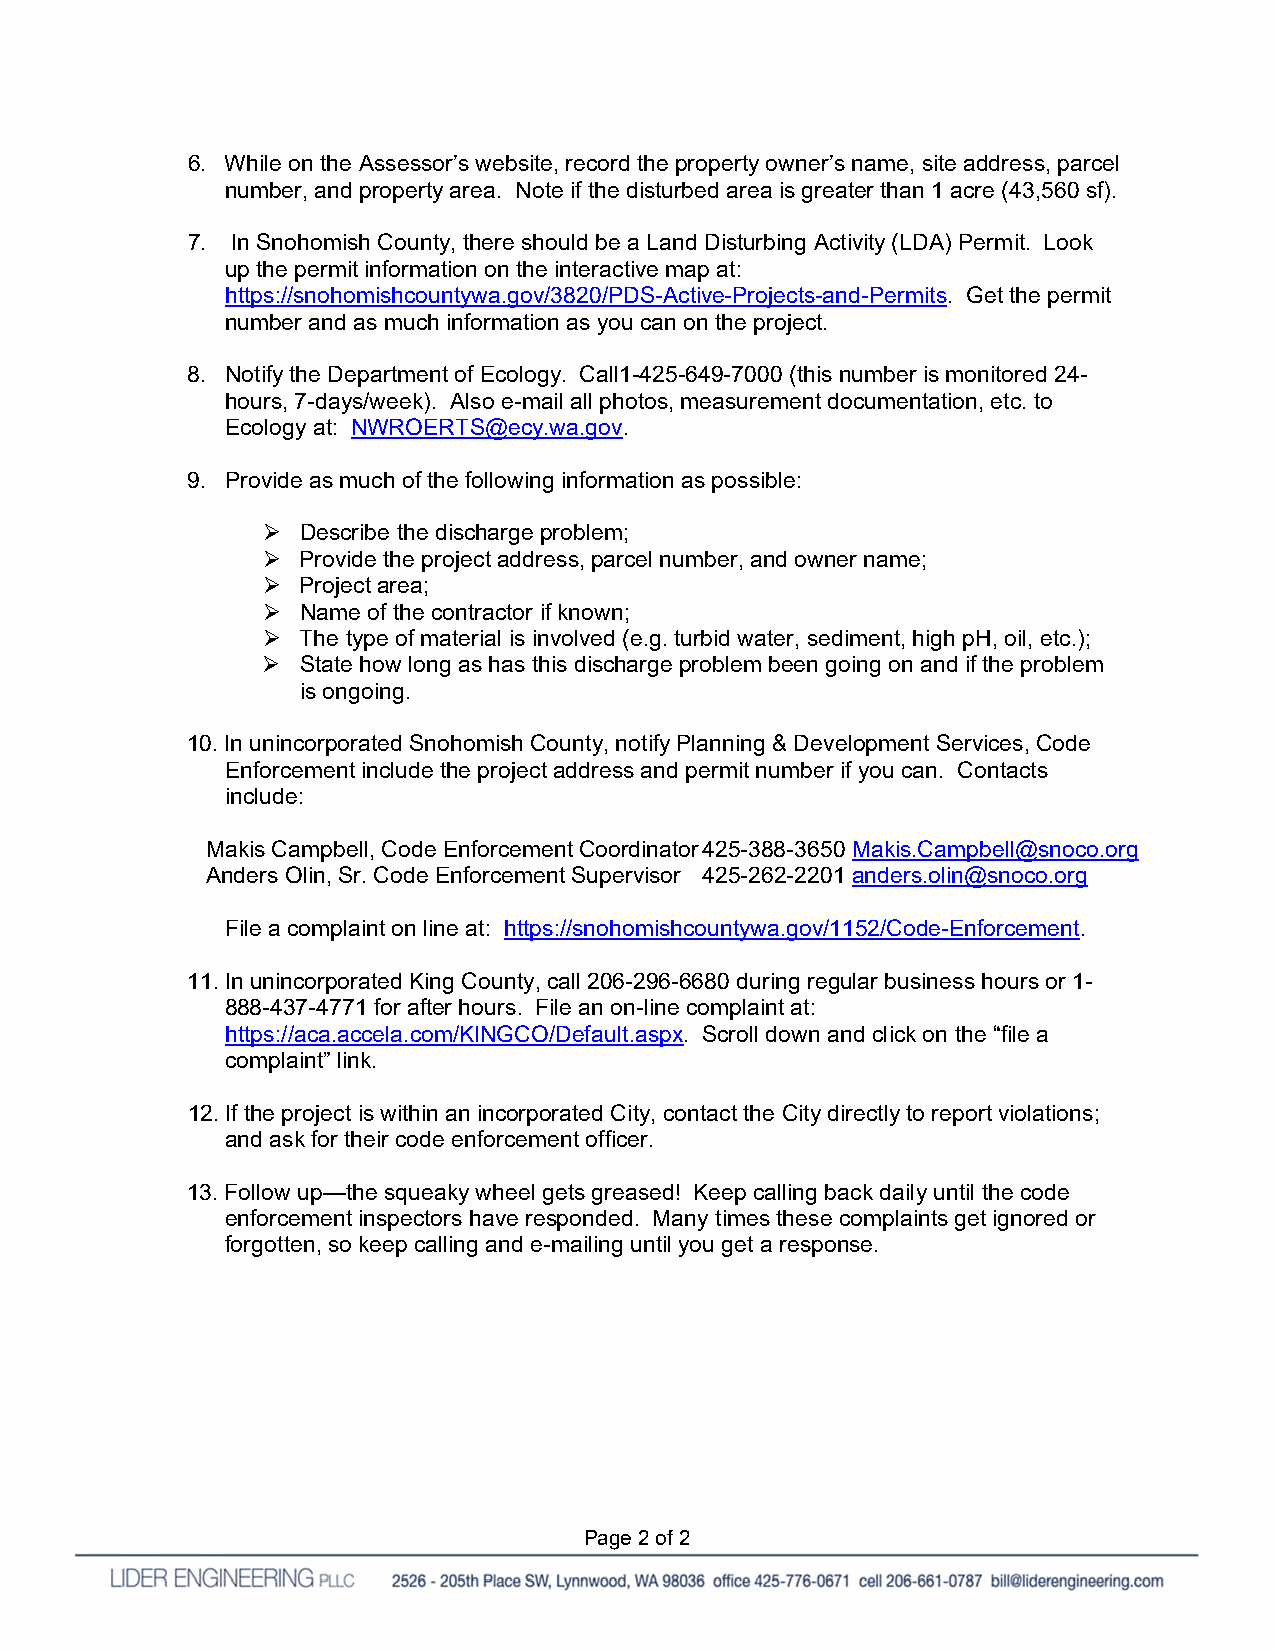
6. While on the Assessor’s website, record the property owner’s name, site address, parcel
 number, and property area. Note if the disturbed area is greater than 1 acre (43,560 sf).
 7. In Snohomish County, there should be a Land Disturbing Activity (LDA) Permit. Look
 up the permit information on the interactive map at:
 https://snohomishcountywa.gov/3820/PDS-Active-Projects-and-Permits. Get the permit
 number and as much information as you can on the project.
 8. Notify the Department of Ecology. Call1-425-649-7000 (this number is monitored 24-
 hours, 7-days/week). Also e-mail all photos, measurement documentation, etc. to
 Ecology at: NWROERTS@ecy.wa.gov.
 9. Provide as much of the following information as possible:
   Describe the discharge problem;
   Provide the project address, parcel number, and owner name;
   Project area;
   Name of the contractor if known;
   The type of material is involved (e.g. turbid water, sediment, high pH, oil, etc.);
   State how long as has this discharge problem been going on and if the problem
 is ongoing.
 10. In unincorporated Snohomish County, notify Planning & Development Services, Code
 Enforcement include the project address and permit number if you can. Contacts
 include:
 Makis Campbell, Code Enforcement Coordinator 425-388-3650 Makis.Campbell@snoco.org
 Anders Olin, Sr. Code Enforcement Supervisor 425-262-2201 anders.olin@snoco.org
 File a complaint on line at: https://snohomishcountywa.gov/1152/Code-Enforcement.
 11. In unincorporated King County, call 206-296-6680 during regular business hours or 1-
 888-437-4771 for after hours. File an on-line complaint at:
 https://aca.accela.com/KINGCO/Default.aspx. Scroll down and click on the “file a
 complaint” link.
 12. If the project is within an incorporated City, contact the City directly to report violations;
 and ask for their code enforcement officer.
 13. Follow up—the squeaky wheel gets greased! Keep calling back daily until the code
 enforcement inspectors have responded. Many times these complaints get ignored or
 forgotten, so keep calling and e-mailing until you get a response.
 Page 2 of 2